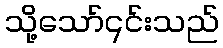
သို့သော်၎င်းသည်